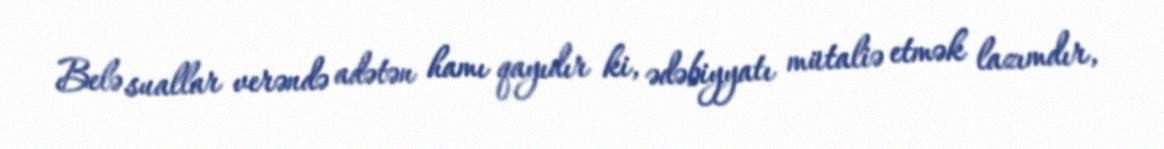
Belə suallar verəndə adətən hamı qayıdır ki, ədəbiyyatı mütaliə etmək lazımdır,